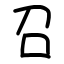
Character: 召